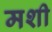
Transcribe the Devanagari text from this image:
मशी